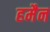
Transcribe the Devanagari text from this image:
हमैन